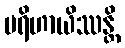
ပရိဟာယိဿန္တိ